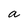
Character: a